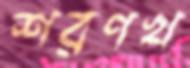
শরণখ